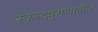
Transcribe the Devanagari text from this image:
स्कन्दपुराणातील